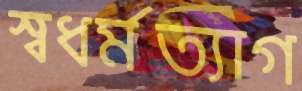
স্বধর্মত্যাগ